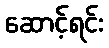
ဆောင့်ရင်း